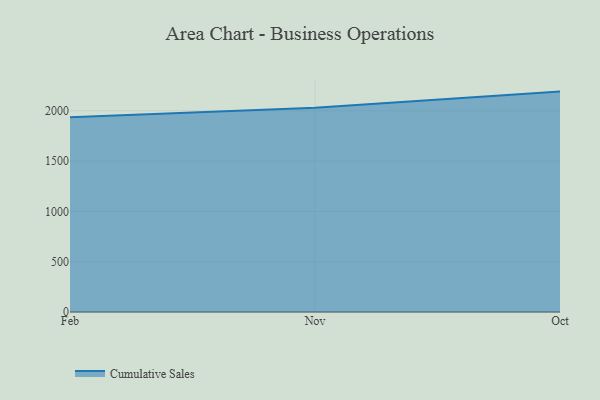
{"axis": {"x": "Month", "y": "Inventory Turnover"}, "legend": ["Cumulative Sales"], "data": [{"x": "Feb", "y": 1935.8, "type": "Cumulative Sales"}, {"x": "Nov", "y": 2029.7, "type": "Cumulative Sales"}, {"x": "Oct", "y": 2190.0, "type": "Cumulative Sales"}]}